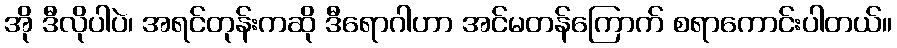
အို ဒီလိုပါပဲ၊ အရင်တုန်းကဆို ဒီရောဂါဟာ အင်မတန်ကြောက် စရာကောင်းပါတယ်။